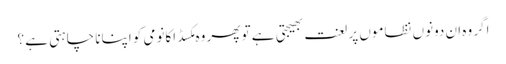
اگر وہ ان دونوں نظاموں پر لعنت بھیجتی ہے تو پھر وہ مکسڈ اکانومی کو اپنانا چاہتی ہے ؟